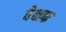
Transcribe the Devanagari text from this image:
वेक्षक